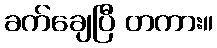
ခက်ချေပြီ တကား။